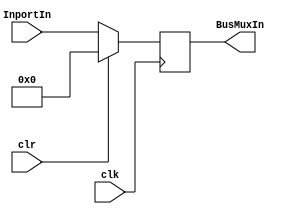
module Inport(input clr, clk, input [31:0] InportIn, output [31:0] BusMuxIn);

	reg [31:0] ra;
	
	always @(posedge clk) begin
		if(clr)
			ra <= 32'b0;
		else 
			ra <= InportIn;
	end		
	assign BusMuxIn = ra;
	
endmodule